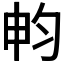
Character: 𣌨